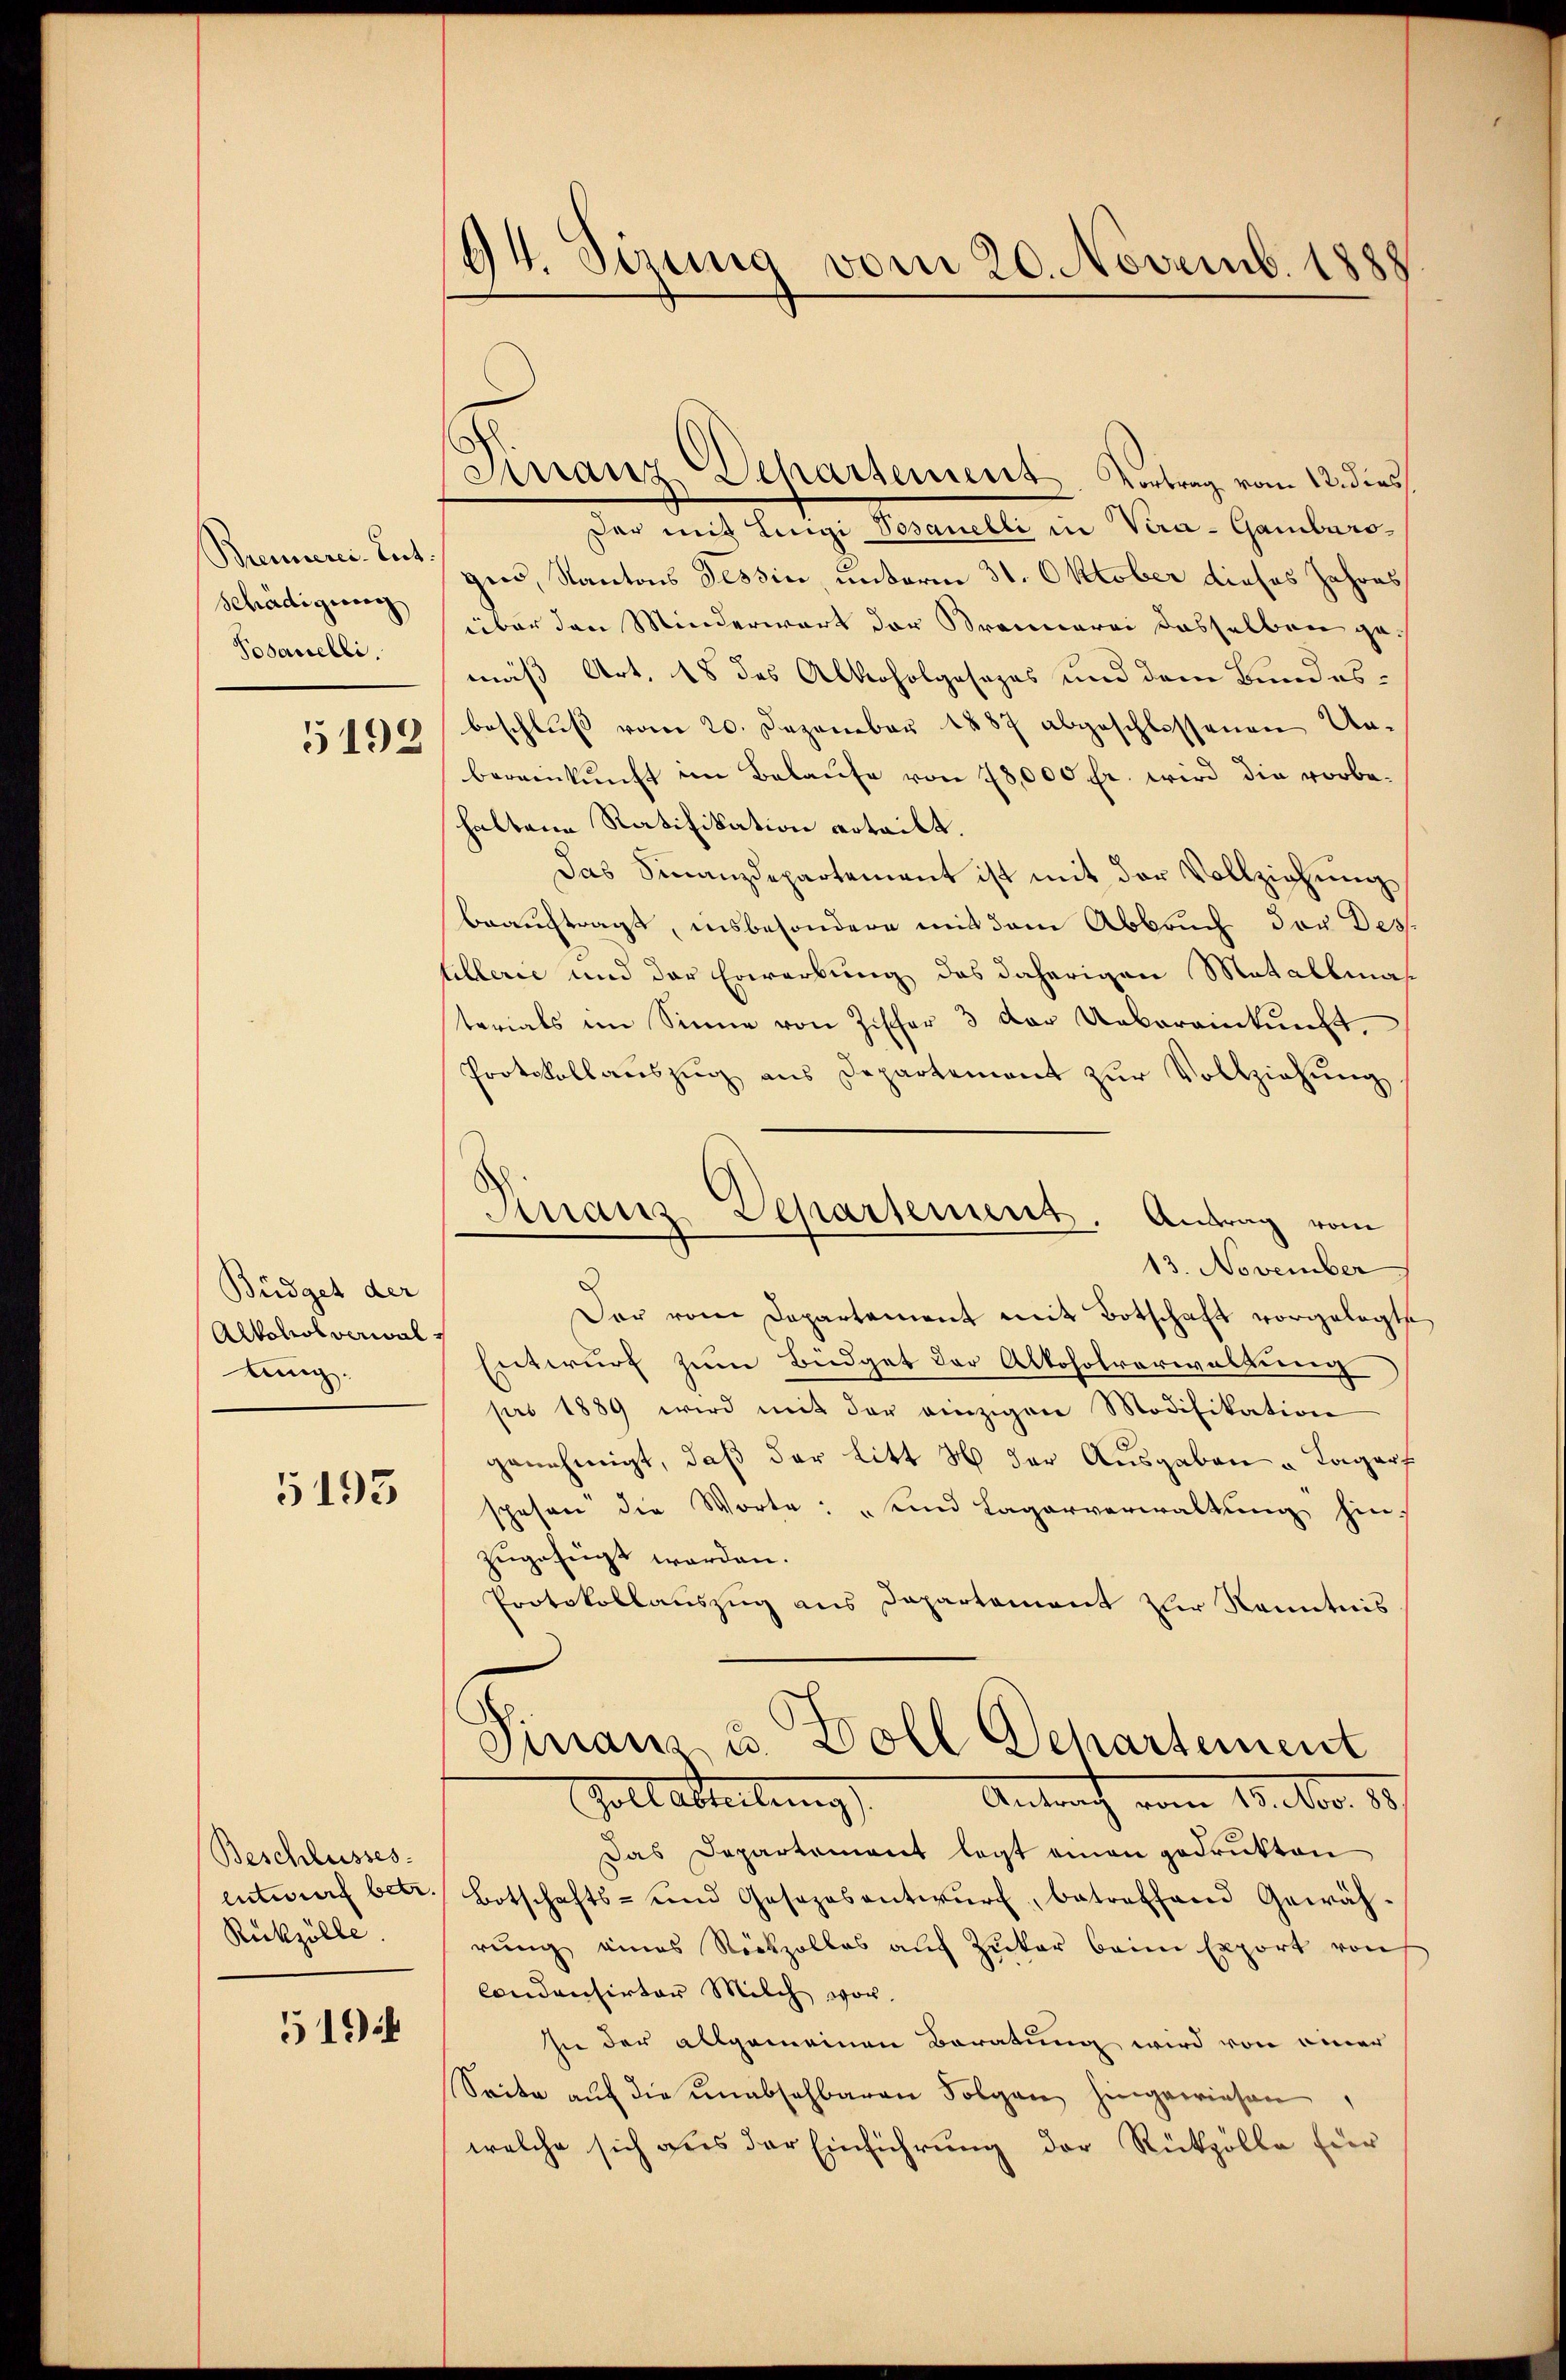
Brennerei. Entschädigung
Povanelli.

5192

Büdget der
Alkoholverwal
ing.

5193

Beschlusses.
Entwurf betr.
Rükzölle

5194

64. Sirung vom 20. Novemb. 1888

Finanz Scharsement. Vortrag vom 12. dies

Finanz-Departement. Antrag vom

der mit Lingi Vosanelli in Vera-Gamburogen, Kantons Tessin, unterm 31. Oktober dieses Jahres
über den Minderwart der Brennerei dasselben gemäß Art. 18 des Alkoholgosapas und dem Bundesbeschluß vom 20. Dezember 1887 abgeschlossenen Unbereinkunft im Belaŭfe von 28,000 fr. wird die vorbe-
haltene Ratifikation erteilt.
Das Finanzdepartement ist mit der Vollziehŭng
beauftragt, insbesondere mit dem Abbruch der Destillerie und der Erwerbung des daherigen Metallma
terials im Sinne von Zischer 3 der Uebereinkunft.
Protokollauszug aus Departement zur Vollziehung
13. November
Der vom Departement mit Botschaft vorgelegte
Entwurf zum Büdget der Alkoholverwaltung
pro 1889 wird mit der einzigen Modifikation
genehmigt, daß der litt 4 der Ausgaben u. Lagert
spesen die Worte: „und Lagerverwaltung hinzugefügt worden.
Protokollauszug aus Departement zur Kenntnis
Finanz u. Doll Departement
Golt abteilung
Antrag vom 10. 100. 55
Das Departement legt einen gedrukten
Botschafts- und Gesezesentwŭrf, betreffend Gewäh
rung eines Rückzolles auf Zukar beim Export von
Condensirter Milch vor.
In der allgemeinen Beratung wird von einer
Seite auf die unabsehbaren Folgen hingewiesen
welche sich aus der Einführung der Rückzölle für